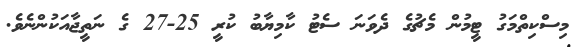
މިސްކިތްމަގު ޓީމުން މެޗުގެ ދެވަނަ ސެޓު ކާމިޔާބު ކުރީ 25-27 ގެ ނަތީޖާއަކުންނެވެ.